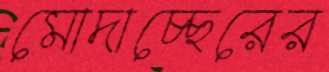
মোদাচ্ছেরের